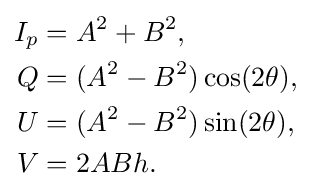
{\begin{aligned}I_{p}&=A^{2}+B^{2},\\Q&=(A^{2}-B^{2})\cos(2\theta ),\\U&=(A^{2}-B^{2})\sin(2\theta ),\\V&=2ABh.\\\end{aligned}}